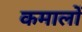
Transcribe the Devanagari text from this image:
कमालों